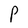
Character: P